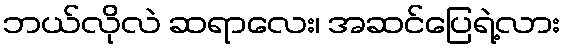
ဘယ်လိုလဲ ဆရာလေး၊ အဆင်ပြေရဲ့လား